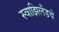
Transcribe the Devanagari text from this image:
स्वाझिलँडचे